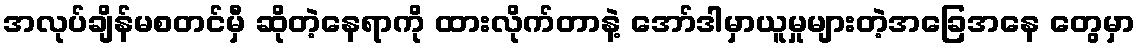
အလုပ်ချိန်မစတင်မှီ ဆိုတဲ့နေရာကို ထားလိုက်တာနဲ့ အော်ဒါမှာယူမှုများတဲ့အခြေအနေ တွေမှာ